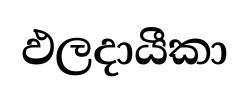
ඵලදායීකා